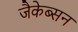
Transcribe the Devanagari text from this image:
जैकेब्सन